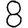
Digit: 8